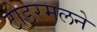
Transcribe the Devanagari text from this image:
टोडरमलने